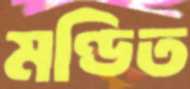
মণ্ডিত